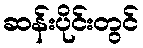
ဆန်းပိုင်းတွင်